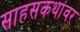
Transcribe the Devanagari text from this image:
साहसकथांवर